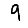
Digit: 9